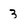
Character: 3